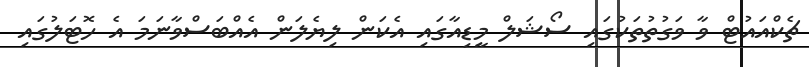
ޗެކްއައުޓް ވާ ވަގުތުތަކުގައި ސޯޝަލް މީޑިއާގައި އެކަން ލިޔެލަން އެއްބަސްވާނަމަ އެ ހޮޓަލުގައި